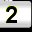
Digit: 2